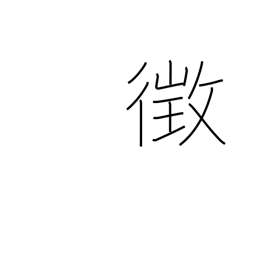
Meaning: sign